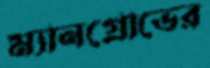
ম্যানগ্রোভের